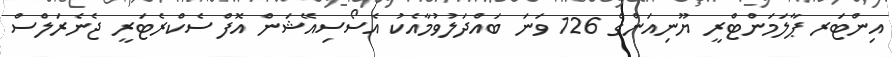
އިންޓަރ ޕާލަމަންޓްރީ ޔޫނިއަންގެ 126 ވަނަ ބައްދަލުވުމާއެކު އެސޯސިއޭޝަން އޮފް ސެކްރެޓަރީ ޖެނެރަލްސް